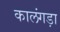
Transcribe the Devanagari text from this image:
कालंगड़ा